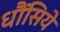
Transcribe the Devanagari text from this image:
धौंसिये